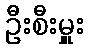
ဦးစီးမှူး